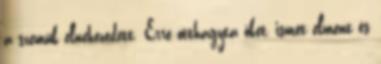
a szemük elnehezedett. Erre otthagyta őket, ismét elment és